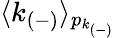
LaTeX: \langle k_{(-)}\rangle_{p_{k_{(-)}}}